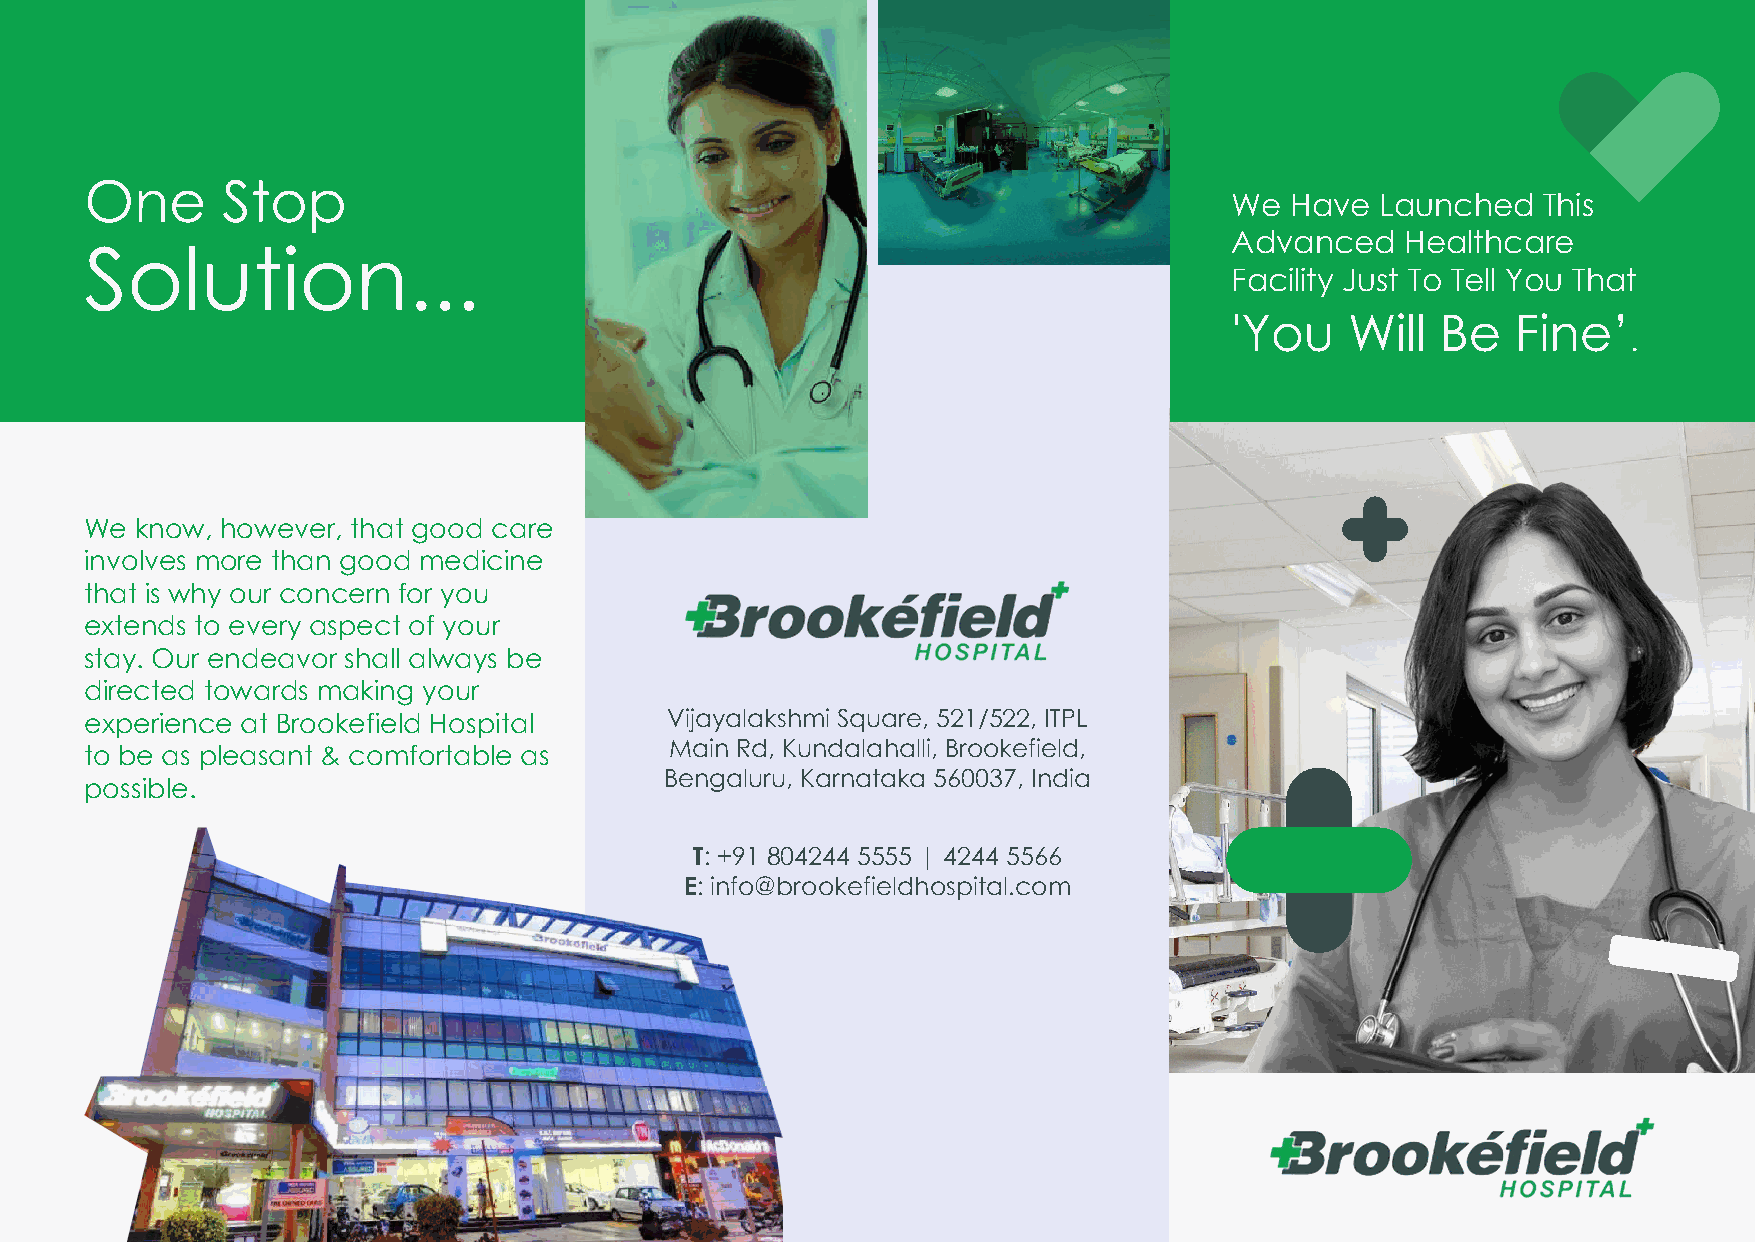
One      Stop
 We  Have  Launched   This
 Advanced    Healthcare
 Solution...
 Facility Just To Tell You That
 'You    Will  Be   Fine’
 .
 We know, however, that good care
 involves more than good medicine
 that is why our concern for you
 extends to every aspect of your
 stay. Our endeavor shall always be
 directed towards making your
 experience at Brookefield Hospital    Vijayalakshmi Square, 521/522, ITPL
 Main Rd, Kundalahalli, Brookefield,
 to be as pleasant & comfortable as
 Bengaluru, Karnataka 560037, India
 possible.
 T: +91 804244 5555 | 4244 5566
 E: info@brookefieldhospital.com